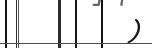
)